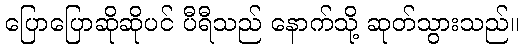
ပြောပြောဆိုဆိုပင် ပီရီသည် နောက်သို့ ဆုတ်သွားသည်။